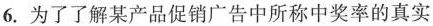
6.为了了解某产品促销广告中所称中奖率的真实